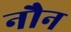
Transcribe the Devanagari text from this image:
नौन